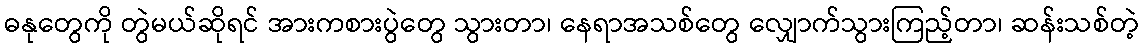
ဓနုတွေကို တွဲမယ်ဆိုရင် အားကစားပွဲတွေ သွားတာ၊ နေရာအသစ်တွေ လျှောက်သွားကြည့်တာ၊ ဆန်းသစ်တဲ့